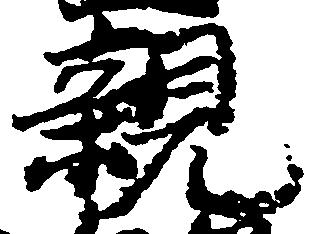
親